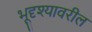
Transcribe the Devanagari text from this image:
भूदृश्यावरील